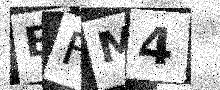
Text: EFM4